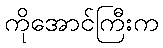
ကိုအောင်ကြီးက